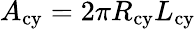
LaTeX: A_{\mathrm{cy}}=2\pi R_{\mathrm{cy}}L_{\mathrm{cy}}